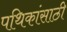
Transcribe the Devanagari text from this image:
पथिकांसाठी